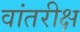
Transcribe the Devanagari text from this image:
वांतरीक्ष